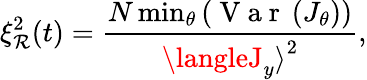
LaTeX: \xi_{\mathcal{R}}^{2}(t)=\frac{{N\operatorname*{min}_{\theta}\left(\mathrm{{~V~a~r~}}\left(J_{\theta}\right)\right)}}{{{\langleJ_{y}\rangle}^{2}}},